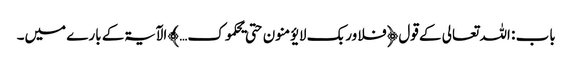
باب : اللہ تعالی کے قول ﴿فلا وربک لا یؤمنون حتی یحکموک… ﴾ الآیۃکے بارے میں۔